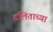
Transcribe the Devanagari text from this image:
दलिताच्या